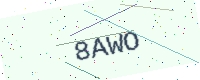
Text: 8AWO